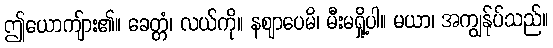
ဤယောကျ်ား၏။ ခေတ္တံ၊ လယ်ကို။ နဈာပေမိ၊ မီးမရှို့ပါ။ မယာ၊ အကျွန်ုပ်သည်။